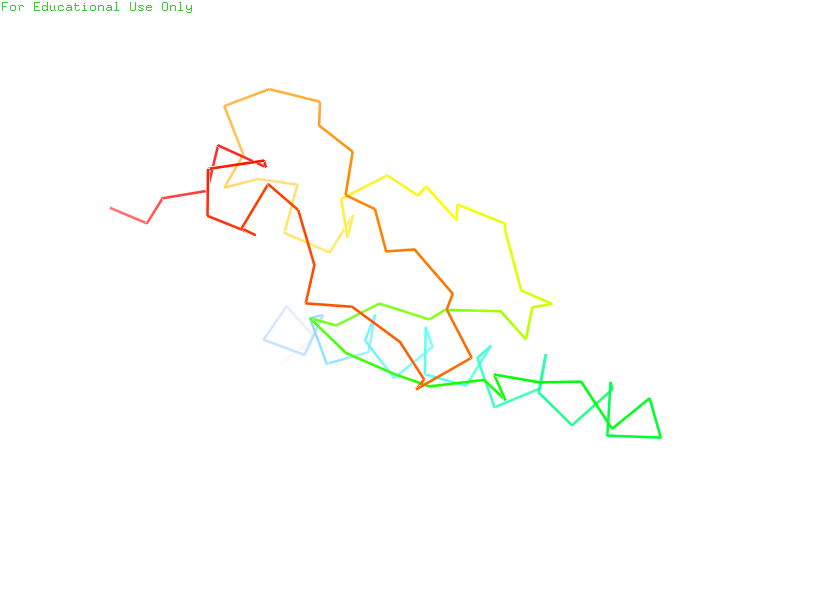
pymol, preset, ligand_sites_trans